Indian journal of veterinary science and animal husbandry - Volume 4,
Year: 1934
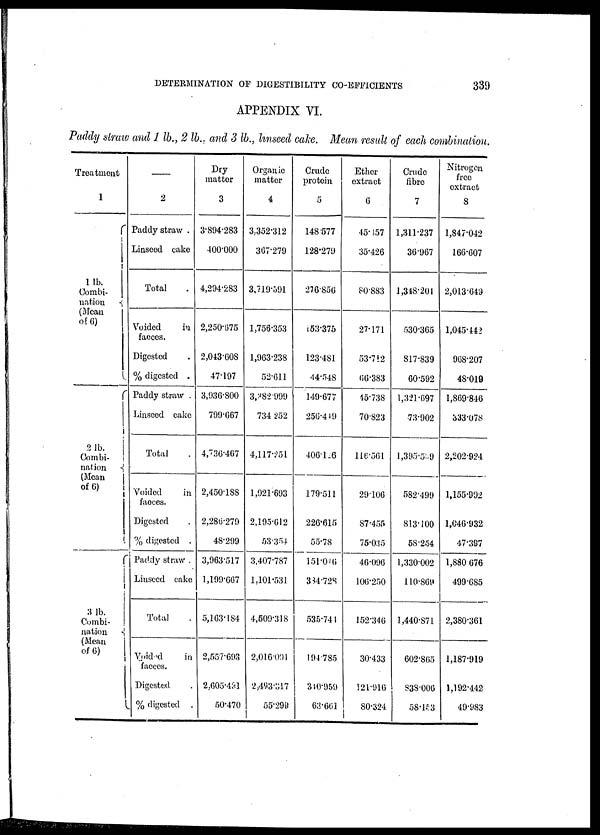
DETERMINATION OF DIGESTIBILITY CO-EFFICIENTS
339
APPENDIX VI.
Paddy straw and 1 lb., 2 lb., and 3 lb., linseed cake. Mean result of each combination.
Treatment
1
1 lb.
Combi-
nation
{
(Mean
of 6)
2 lb.
Combi-
nation
{
(Mean
of 6)
3 lb.
Combi-
nation
{
(Mean
of 6)
—
2
Paddy straw .
Linseed cake
Total .
Voided
in
faeces.
Digested .
% digested .
Paddy straw
Linseed cake
Total .
Voided
in
faeces.
Digested .
% digested .
Paddy straw .
Linseed cake
Total .
Voided
in
faeces.
Digested .
% digested .
Dry
matter
3
3,894.283
400.000
4,294.283
2,250.675
2,043.608
47.197
3,936.800
799.667
4,736.467
2,450.188
2,286.279
48.299
3,963.517
1,199.667
5,163.184
2,557.693
2,605.491
50.470
Organic
matter
4
3,352.312
367.279
3,719.591
1,756.353
1,963.238
52.611
3,382.999
734.252
4,117.251
1,921.693
2,195.612
53.354
3,407.787
1,101.531
4,509.318
2,016.001
2,493.317
55.298
Crude
protein
5
148.577
128.279
276.856
153.375
123.481
44.548
149.677
256.419
406.126
179.511
226.615
55.78
151.016
334.728
535.741
194.785
310.959
63.661
Ether
extract
6
45.157
35.426
80.883
27.171
53.712
66.383
45.738
70.823
116.561
29.106
87.455
75.035
46.096
106.250
152.346
30.433
121.916
80.324
Crude
fibre
7
1,311.237
36.967
1,348.204
530.365
817.839
60.592
1,321.697
73.902
1,395.539
582.499
813.100
58.254
1,330.002
110.869
1,440.871
602.865
838.006
58.153
Nitrogen
free
extract
8
1,847.042
166.607
2,013.649
1,045.442
968.207
48.019
1,869.846
333.078
2,202.924
1,155.992
1,646.932
47.397
1,880.676
499.685
2,380.361
1,187.919
1,192.442
49.983